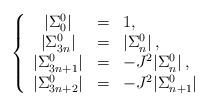
LaTeX: \begin{align*}\left\{\begin{array}{cll}|\Sigma_0^0|&=&1, \\|\Sigma_{3n}^{0}| &=& |\Sigma_{n}^{0}|\,, \\|\Sigma_{3n+1}^{0}| & = & -J^2|\Sigma_{n}^{0}|\,, \\|\Sigma_{3n+2}^{0}| &=&-J^2|\Sigma_{n+1}^{0}|\, \\\end{array}\right. \end{align*}